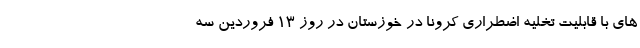
های با قابلیت تخلیه اضطراری کرونا در خوزستان در روز ۱۳ فروردین سه